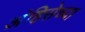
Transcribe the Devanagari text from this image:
अंहिसेच्या